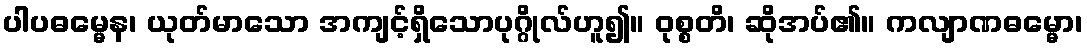
ပါပဓမ္မေန၊ ယုတ်မာသော အကျင့်ရှိသောပုဂ္ဂိုလ်ဟူ၍။ ဝုစ္စတိ၊ ဆိုအပ်၏။ ကလျာဏဓမ္မော၊